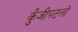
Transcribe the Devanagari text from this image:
कुँजीपटलों